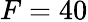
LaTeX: F=40